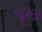
જૂઠાણાઁ